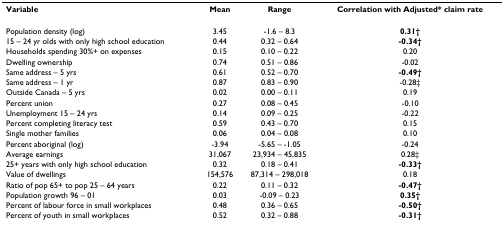
<table><thead><tr><td><b>Variable</b></td><td><b>Mean</b></td><td><b>Range</b></td><td><b>Correlation with Adjusted* claim rate</b></td></tr></thead><tbody><tr><td>Population density (log)</td><td>3.45</td><td>-1.6 – 8.3</td><td><b>0.31†</b></td></tr><tr><td>15 – 24 yr olds with only high school education</td><td>0.44</td><td>0.32 – 0.64</td><td><b>-0.34†</b></td></tr><tr><td>Households spending 30%+ on expenses</td><td>0.15</td><td>0.10 – 0.22</td><td>0.20</td></tr><tr><td>Dwelling ownership</td><td>0.74</td><td>0.51 – 0.86</td><td>-0.02</td></tr><tr><td>Same address – 5 yrs</td><td>0.61</td><td>0.52 – 0.70</td><td><b>-0.49†</b></td></tr><tr><td>Same address – 1 yr</td><td>0.87</td><td>0.83 – 0.90</td><td>-0.28‡</td></tr><tr><td>Outside Canada – 5 yrs</td><td>0.02</td><td>0.00 – 0.11</td><td>0.19</td></tr><tr><td>Percent union</td><td>0.27</td><td>0.08 – 0.45</td><td>-0.10</td></tr><tr><td>Unemployment 15 – 24 yrs</td><td>0.14</td><td>0.09 – 0.25</td><td>-0.22</td></tr><tr><td>Percent completing literacy test</td><td>0.59</td><td>0.43 – 0.70</td><td>0.15</td></tr><tr><td>Single mother families</td><td>0.06</td><td>0.04 – 0.08</td><td>0.10</td></tr><tr><td>Percent aboriginal (log)</td><td>-3.94</td><td>-5.65 – -1.05</td><td>-0.24</td></tr><tr><td>Average earnings</td><td>31,067</td><td>23,934 – 45,835</td><td>0.28‡</td></tr><tr><td>25+ years with only high school education</td><td>0.32</td><td>0.18 – 0.41</td><td><b>-0.33†</b></td></tr><tr><td>Value of dwellings</td><td>154,576</td><td>87,314 – 298,018</td><td>0.18</td></tr><tr><td>Ratio of pop 65+ to pop 25 – 64 years</td><td>0.22</td><td>0.11 – 0.32</td><td><b>-0.47†</b></td></tr><tr><td>Population growth 96 – 01</td><td>0.03</td><td>-0.09 – 0.23</td><td><b>0.35†</b></td></tr><tr><td>Percent of labour force in small workplaces</td><td>0.48</td><td>0.36 – 0.65</td><td><b>-0.50†</b></td></tr><tr><td>Percent of youth in small workplaces</td><td>0.52</td><td>0.32 – 0.88</td><td><b>-0.31†</b></td></tr></tbody></table>